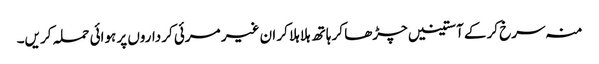
منہ سرخ کرکے آستینیں چڑھا کر ہاتھ ہلا ہلا کر ان غیر مرئی کرداروں پر ہوائی حملہ کریں۔